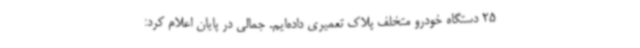
25 دستگاه خودرو متخلف پلاک تعمیری داده‌ایم. جمالی در پایان اعلام کرد: